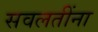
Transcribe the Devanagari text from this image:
सवलतींना